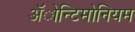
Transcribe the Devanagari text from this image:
ॲोन्टिमोनियम